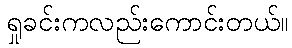
ရှုခင်းကလည်းကောင်းတယ်။